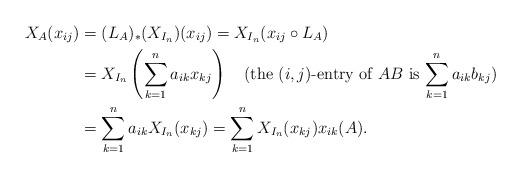
LaTeX: \begin{align*}X_A(x_{ij})&=(L_A)_*(X_{I_n})(x_{ij})=X_{I_n}(x_{ij}\circ L_A)\\ &=X_{I_n}\left(\sum_{k=1}^n a_{ik}x_{kj}\right)\quad\textrm{(the $(i,j)$-entry of $AB$ is $\sum_{k=1}^n a_{ik}b_{kj}$)}\\ &=\sum_{k=1}^n a_{ik}X_{I_n}(x_{kj})=\sum_{k=1}^nX_{I_n}(x_{kj})x_{ik}(A).\end{align*}